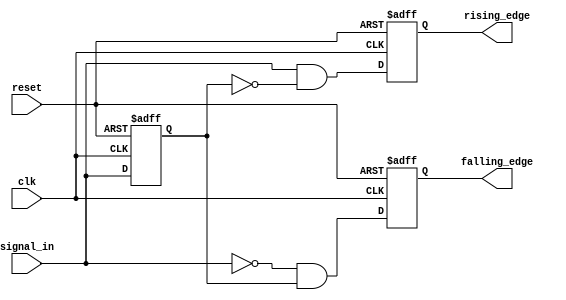
module dual_edge_detector (
    input wire clk,               // Clock signal
    input wire reset,             // Asynchronous reset signal
    input wire signal_in,         // Input signal
    output reg rising_edge,       // Rising edge output
    output reg falling_edge       // Falling edge output
);

    reg previous_state;           // Memory element to store the previous state of the input signal

    // Asynchronous reset and edge detection on the rising edge of the clock
    always @(posedge clk or posedge reset) begin
        if (reset) begin
            previous_state <= 1'b0;         // Initialize previous state to 0 on reset
            rising_edge <= 1'b0;             // Initialize rising edge output to 0
            falling_edge <= 1'b0;            // Initialize falling edge output to 0
        end else begin
            // Edge detection logic
            rising_edge <= (signal_in == 1'b1 && previous_state == 1'b0);  // Detect rising edge
            falling_edge <= (signal_in == 1'b0 && previous_state == 1'b1); // Detect falling edge

            // Update the previous state
            previous_state <= signal_in;
        end
    end

endmodule